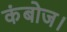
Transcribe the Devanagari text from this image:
कंबोज।